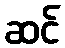
ဆင်